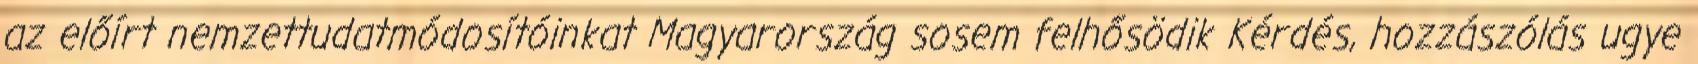
az előírt nemzettudatmódosítóinkat Magyarország sosem felhősödik Kérdés, hozzászólás ugye